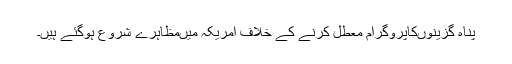
پناہ گزینوںکاپروگرام معطل کرنے کے خلاف امریکہ میںمظاہرے شروع ہوگئے ہیں۔